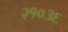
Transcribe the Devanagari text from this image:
२१०३६